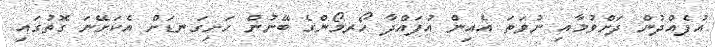
އުފެއްދުން ދަށްވުމާއި ނުވަތަ އެއިން އުފައްދާ ހޯރމޯންގެ ބޭނުން ހަށިގަނޑަށް އެކަށޭނަ ގޮތުގައި